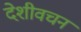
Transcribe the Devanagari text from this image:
देशीवचन